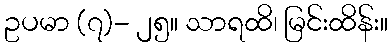
ဥပမာ (၇)- ၂၅။ သာရထိ၊ မြင်းထိန်း။